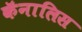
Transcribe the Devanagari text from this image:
कॅनालिस